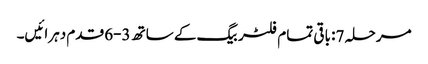
مرحلہ 7: باقی تمام فلٹر بیگ کے ساتھ 3-6 قدم دہرائیں۔